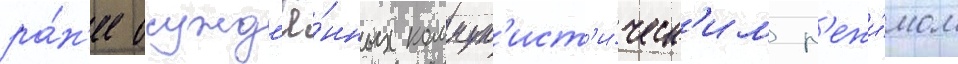
ра́н'ее осужд'ё́нных коммун'ист'и́ческ'им р'ежи́мом